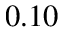
0 . 1 0